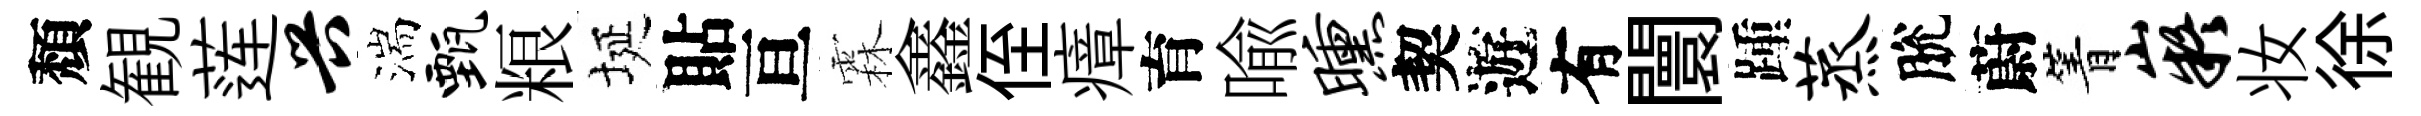
頽観莲兴湍甄粮埏貼亘霖鑫侄瘴育喩曛契遊有闤踵蒸脫蔚箐嶷妆徐